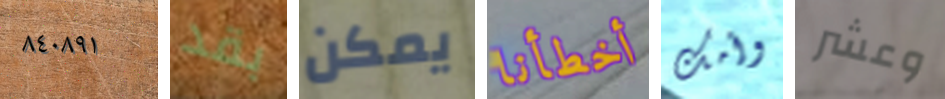
٨٤٠٨٩١ بقد يمكن أخطأنا وأمك وعشر